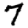
Digit: 7